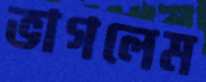
ভাগলেম